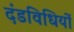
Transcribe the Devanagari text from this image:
दंडविधियों